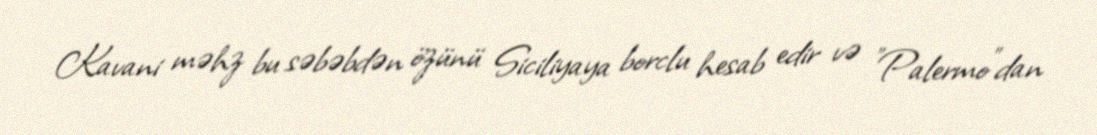
Kavani məhz bu səbəbdən özünü Siciliyaya borclu hesab edir və "Palermo"dan